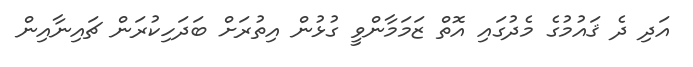
އަދި ދެ ޤައުމުގެ މެދުގައި އޮތް ޒަމަމާންވީ ގުޅުން އިތުރަށް ބަދަހިކުރަން ޗައިނާއިން